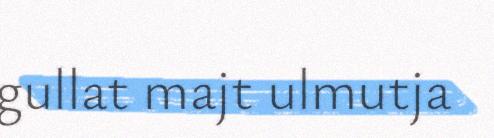
gullat majt ulmutja